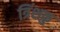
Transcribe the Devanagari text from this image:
त्रिंशकु